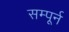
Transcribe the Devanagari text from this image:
सम्पूर्न